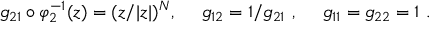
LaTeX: g _ { 2 1 } \circ \varphi _ { 2 } ^ { - 1 } ( z ) = ( z / | z | ) ^ { N } , \ \ \ \ g _ { 1 2 } = 1 / g _ { 2 1 } \ , \ \ \ \ g _ { 1 1 } = g _ { 2 2 } = 1 \ .